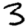
Digit: 3